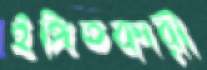
ইঙ্গিতকারী